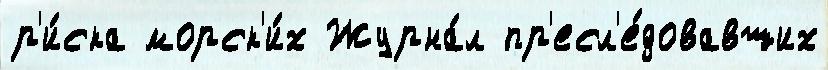
р'и́ска морск'и́х Журна́л пр'есл'е́довавших